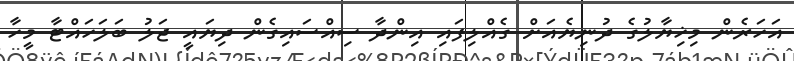
އަހަރެން މިޚިޔާލުގެ ދުނިޔެއަށް ގެއްލިފައި އިންދާ ސިއްސައިގެން ދިޔައީ ޖަލު ބަލަހައްޓާ މީހާ